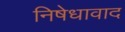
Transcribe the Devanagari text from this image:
निषेधावाद